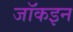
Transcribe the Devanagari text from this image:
जॉकइन